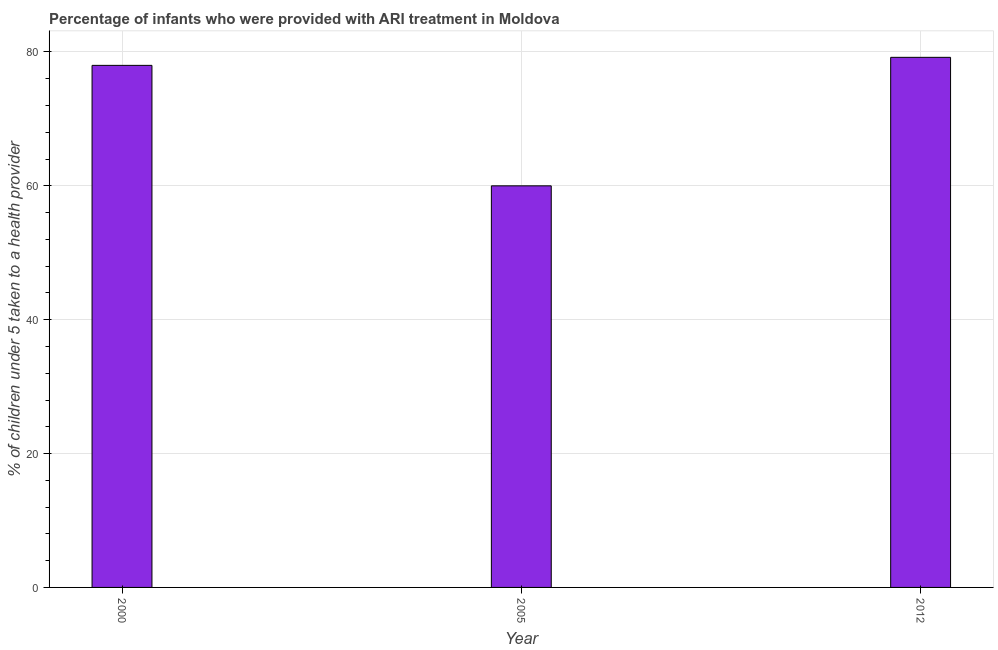
| Year | ARI treatment |
 | --- | --- |
 | 2000 | 78 |
 | 2005 | 60 |
 | 2012 | 79.2 |